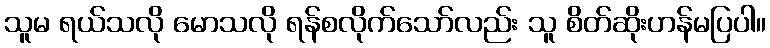
သူမ ရယ်သလို မောသလို ရန်စလိုက်သော်လည်း သူ စိတ်ဆိုးဟန်မပြပါ။